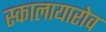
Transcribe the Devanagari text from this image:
स्कालायारोव